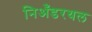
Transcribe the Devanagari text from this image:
निअँडरथल